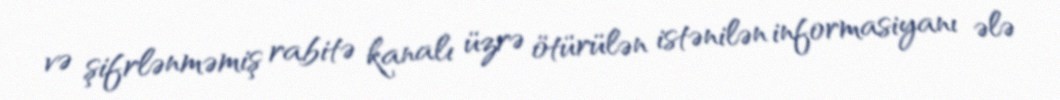
və şifrlənməmiş rabitə kanalı üzrə ötürülən istənilən informasiyanı ələ